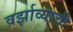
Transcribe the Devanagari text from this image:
वर्झाव्याची